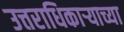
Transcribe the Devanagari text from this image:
उत्तराधिकाऱ्याच्या